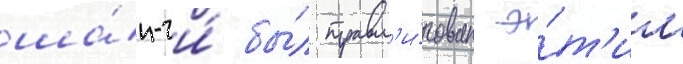
ша́н-чи́ бы́л травм'и́рован э́т'им